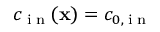
c _ { \tiny \mathrm { ~ i ~ n ~ } } ( \textbf x ) = c _ { 0 , \tiny \mathrm { ~ i ~ n ~ } }